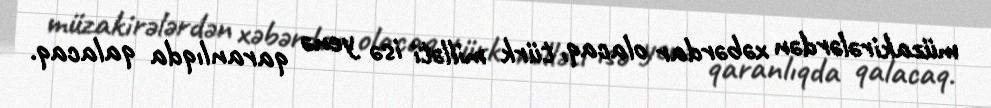
müzakirələrdən xəbərdar olacaq, türk milləti isə yenə qaranlıqda qalacaq.